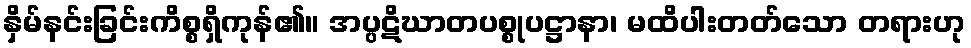
နှိမ်နင်းခြင်းကိစ္စရှိကုန်၏။ အပ္ပဋိဃာတပစ္စုပဋ္ဌာနာ၊ မထိပါးတတ်သော တရားဟု